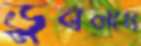
ডুবলাম